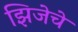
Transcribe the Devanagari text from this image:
झिजेचे